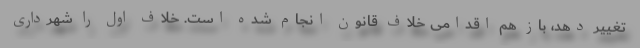
تغییر دهد، باز هم اقدامی خلاف قانون انجام شده است. خلاف اول را شهرداری